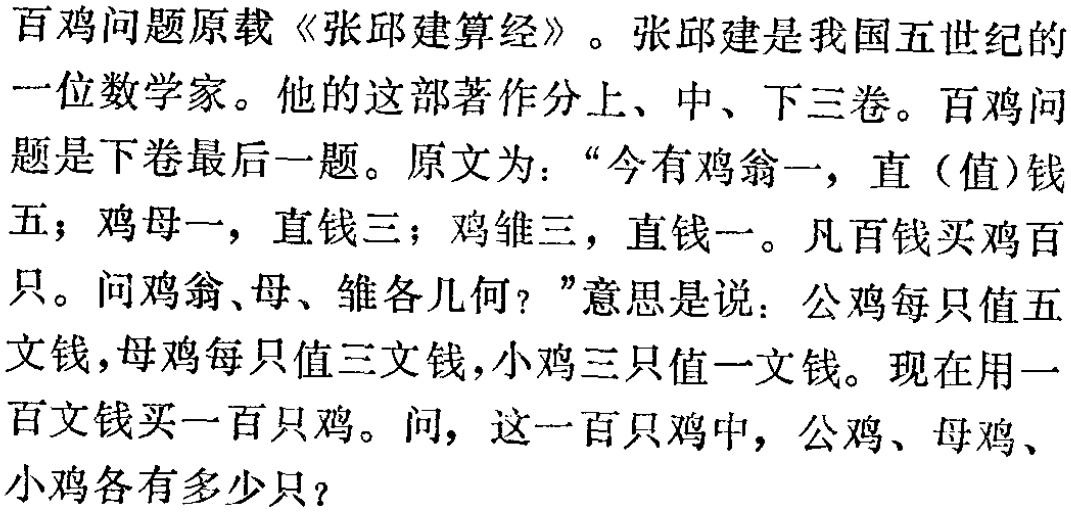
百鸡问题原载《张邱建算经》。张邱建是我国五世纪的一位数学家。他的这部著作分上、中、下三卷。百鸡问题是下卷最后一题。原文为：“今有鸡翁一，直（值）钱五；鸡母一，直钱三；鸡雏三，直钱一。凡百钱买鸡百只。问鸡翁、母、雏各几何？”意思是说：公鸡每只值五文钱，母鸡每只值三文钱，小鸡三只值一文钱。现在用一百文钱买一百只鸡。问，这一百只鸡中，公鸡、母鸡、小鸡各有多少只？